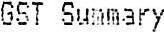
GST SUMMARY